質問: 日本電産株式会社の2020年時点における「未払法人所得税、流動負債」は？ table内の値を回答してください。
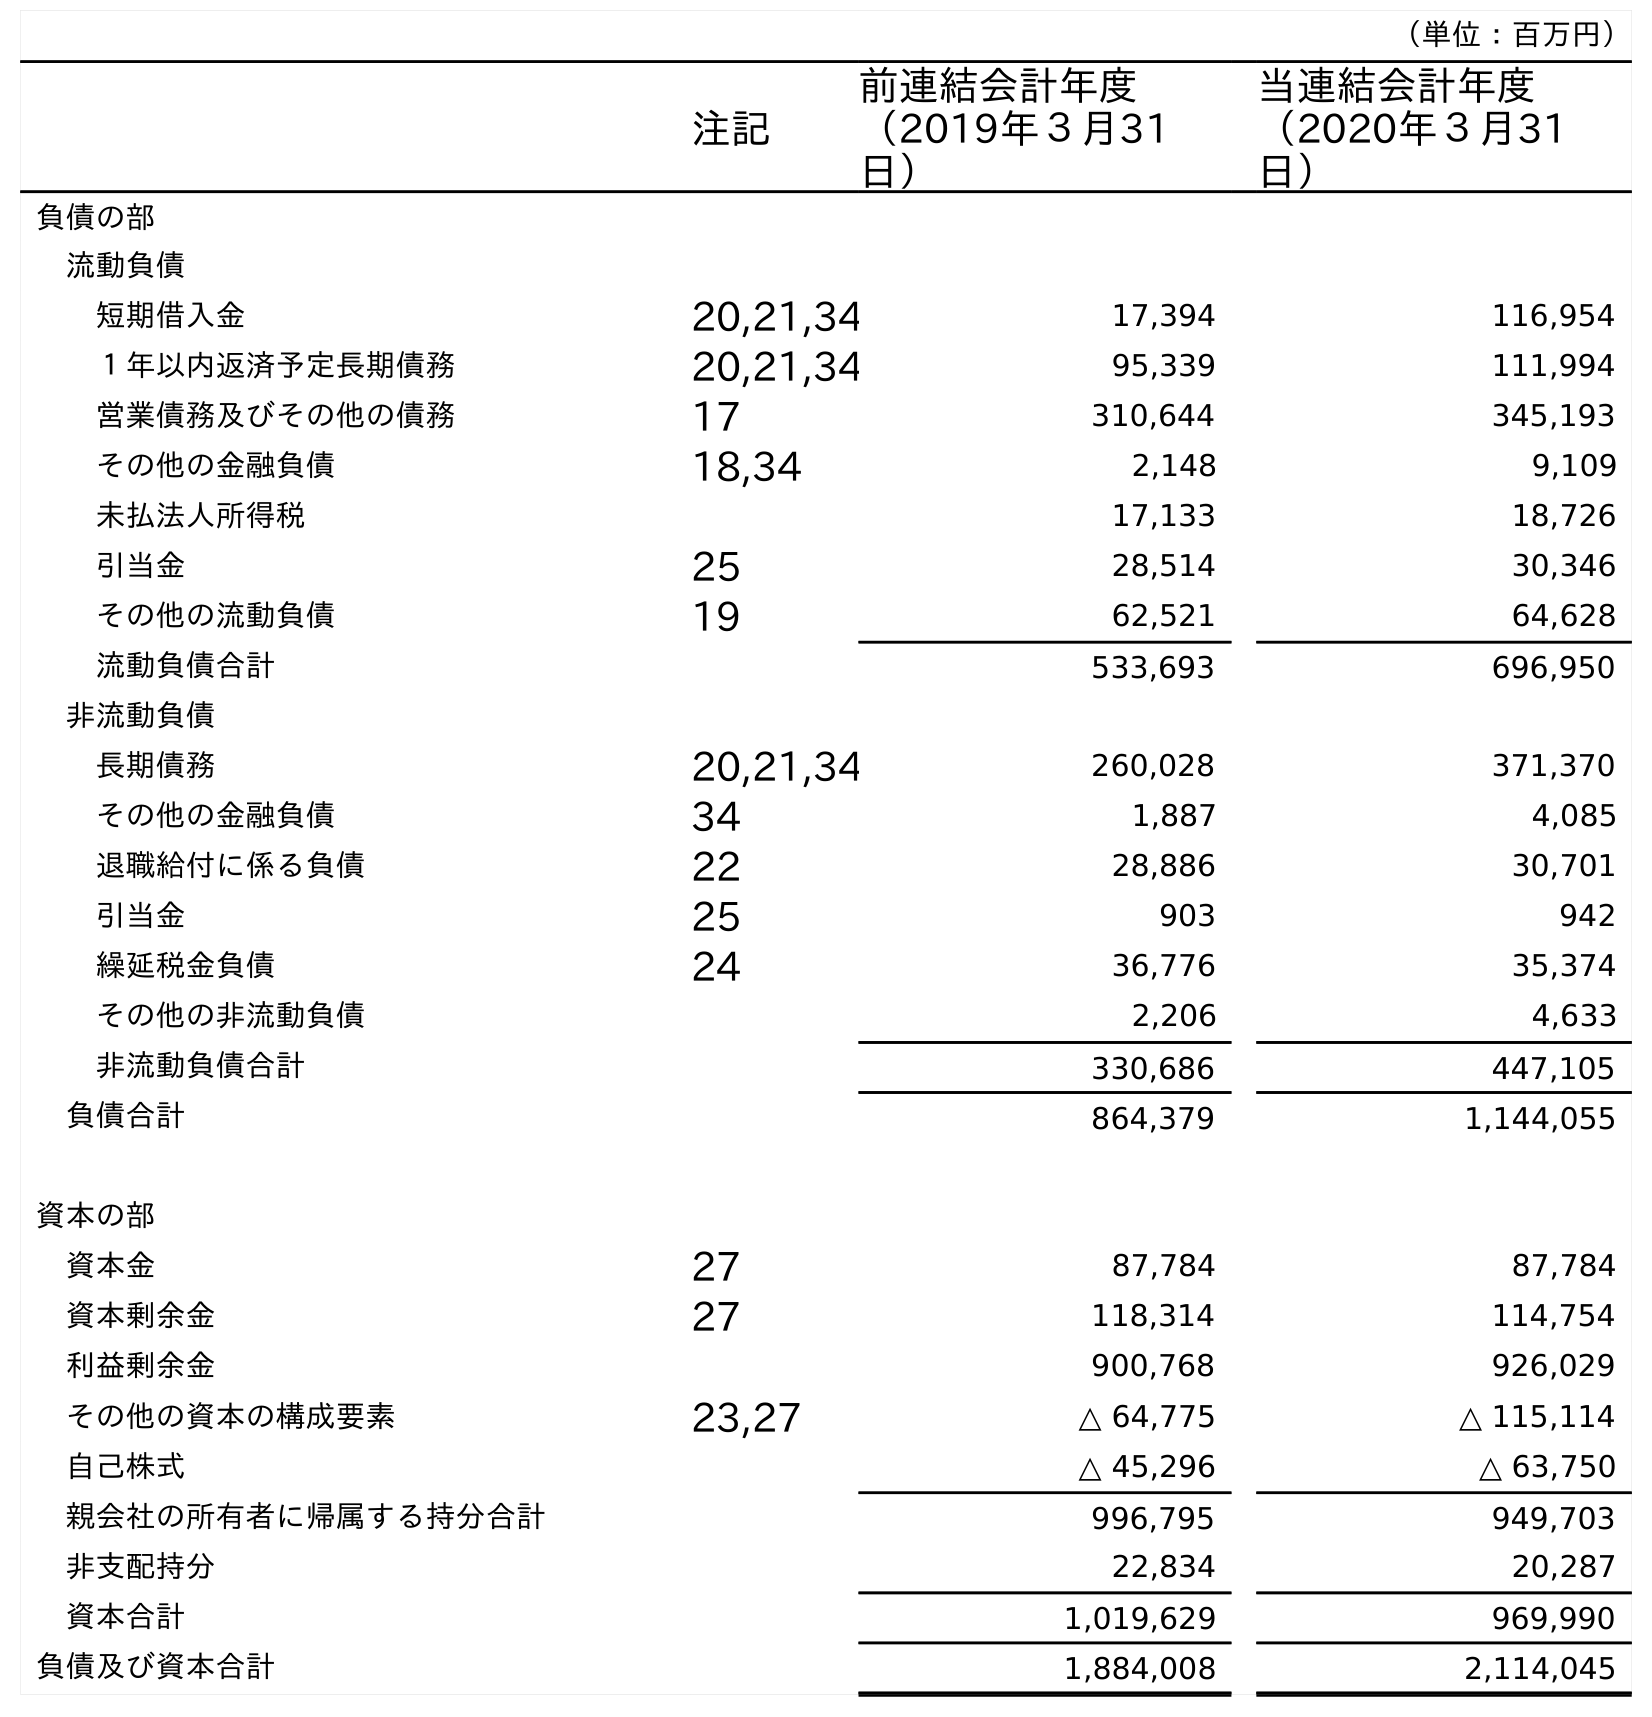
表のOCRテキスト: （単位：百万円） 注記 前連結会計年度 （2019年３月31 日） 当連結会計年度 （2020年３月31 日） 負債の部 流動負債 短期借入金 20,21,34 17,394 116,954 １年以内返済予定長期債務 20,21,34 95,339 111,994 営業債務及びその他の債務 17 310,644 345,193 その他の金融負債 18,34 2,148 9,109 未払法人所得税 17,133 18,726 引当金 25 28,514 30,346 その他の流動負債 19 62,521 64,628 流動負債合計 533,693 696,950 非流動負債 長期債務 20,21,34 260,028 371,370 その他の金融負債 34 1,887 4,085 退職給付に係る負債 22 28,886 30,701 引当金 25 903 942 繰延税金負債 24 36,776 35,374 その他の非流動負債 2,206 4,633 非流動負債合計 330,686 447,105 負債合計 864,379 1,144,055 資本の部 資本金 27 87,784 87,784 資本剰余金 27 118,314 114,754 利益剰余金 900,768 926,029 その他の資本の構成要素 23,27 △ 64,775 △ 115,114 自己株式 △ 45,296 △ 63,750 親会社の所有者に帰属する持分合計 996,795 949,703 非支配持分 22,834 20,287 資本合計 1,019,629 969,990 負債及び資本合計 1,884,008 2,114,045
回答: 18,726